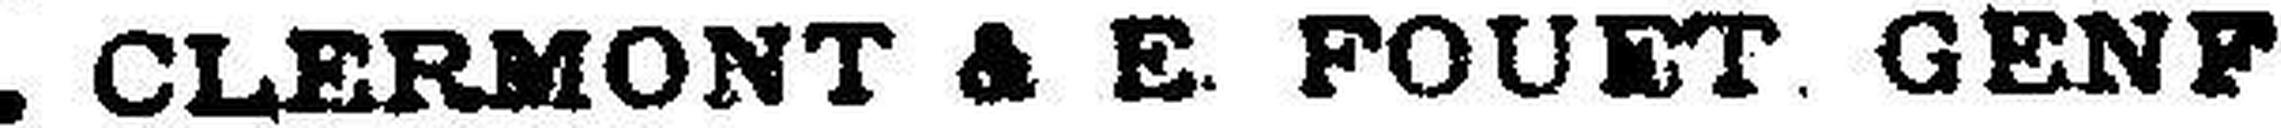
CLERMONT & E. FOUET GENF